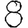
Digit: 8